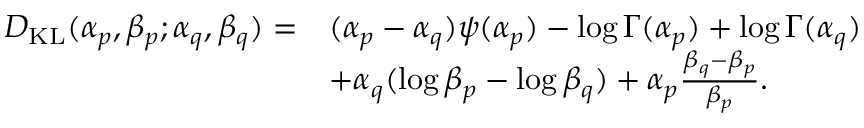
{ \begin{array} { r l } { D _ { \mathrm { K L } } ( \alpha _ { p } , \beta _ { p } ; \alpha _ { q } , \beta _ { q } ) = } & { ( \alpha _ { p } - \alpha _ { q } ) \psi ( \alpha _ { p } ) - \log \Gamma ( \alpha _ { p } ) + \log \Gamma ( \alpha _ { q } ) } \\ & { + \alpha _ { q } ( \log \beta _ { p } - \log \beta _ { q } ) + \alpha _ { p } { \frac { \beta _ { q } - \beta _ { p } } { \beta _ { p } } } . } \end{array} }